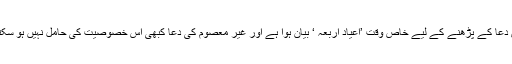
اس دعا کے پڑھنے کے لیے خاص وقت ’اعیاد اربعہ ‘ بیان ہوا ہے اور غیر معصوم کی دُعا کبھی اس خصوصیت کی حامل نہیں ہو سکتی۔